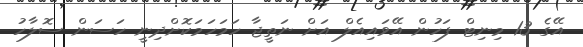
އޭގެ 13 މިނިޓް ފަހުން އޭވައިއެލް އަށް ނަތީޖާ ހަމަހަމަކޮށްދިނީ ހަސަން ސޮލާހު